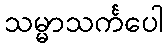
သမ္မာသင်္ကပေါ